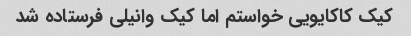
کیک کاکایویی خواستم اما کیک وانیلی فرستاده شد